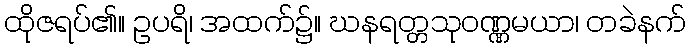
ထိုဇရပ်၏။ ဥပရိ၊ အထက်၌။ ဃနရတ္တသုဝဏ္ဏမယာ၊ တခဲနက်